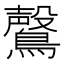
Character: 𮭑